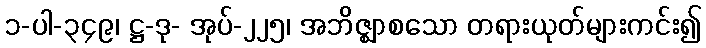
၁-ပါ-၃၄၉၊ ဋ္ဌ-ဒု- အုပ်-၂၂၅၊ အဘိဇ္ဈာစသော တရားယုတ်များကင်း၍